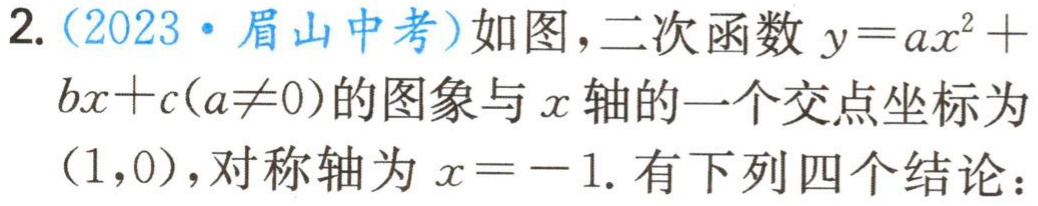
2.（2023·眉山中考）如图，二次函数\(y = ax^{2}+bx + c(a\neq0)\)的图象与\(x\)轴的一个交点坐标为\((1,0)\)，对称轴为\(x = - 1\). 有下列四个结论：